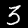
Label: 3